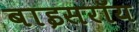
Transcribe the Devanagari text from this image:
बाइसरॉय